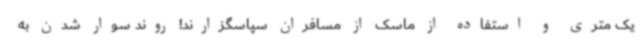
یک متری و استفاده از ماسک از مسافران سپاسگزارند! روند سوار شدن به